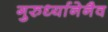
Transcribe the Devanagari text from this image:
गुरुर्ध्यानेनैव